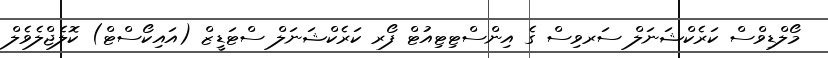
މޯލްޑިވްސް ކަރެކްޝަނަލް ސަރވިސް ގެ އިންސްޓިޓިއުޓް ފޯރ ކަރެކްޝަނަލް ސްޓަޑީޒް (އައިކޯސްޓް) ކޮލެޖްލެވެލް